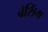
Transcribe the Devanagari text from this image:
बैशिंग